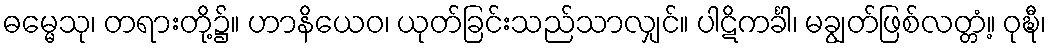
ဓမ္မေသု၊ တရားတို့၌။ ဟာနိယေဝ၊ ယုတ်ခြင်းသည်သာလျှင်။ ပါဋိကင်္ခါ၊ မချွတ်ဖြစ်လတ္တံ့။ ဝုဍ္ဎီ၊